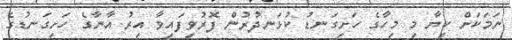
ނަމަކަށް ކިޔާ މި މިހާގެ ހަށިގަނޑު ކުޅަނދުރުން ފޮރުވިފައިވާ އިރު އާނާގެ ހަށިގަނޑުގެ